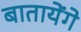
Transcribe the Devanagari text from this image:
बातायेंगे